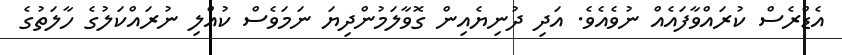
އެޑްރެސް ކުރައްވާފައެއް ނުވެއެވެ. އަދި ދުނިޔެއިން ގޮވާލަމުންދިޔަ ނަމަވެސް ކުއްލި ނުރައްކަލުގެ ހާލަތުގެ